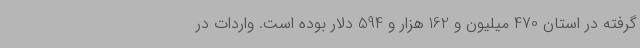
گرفته در استان 470 میلیون و 162 هزار و 594 دلار بوده است. واردات در